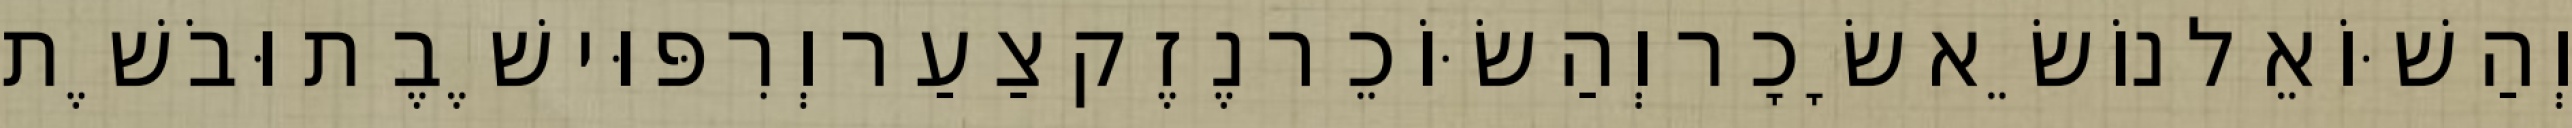
וְהַשּׁוֹאֵל נוֹשֵׂא שָׂכָר וְהַשּׂוֹכֵר נֶזֶק צַעַר וְרִפּוּי שֶׁבֶת וּבֹשֶׁת